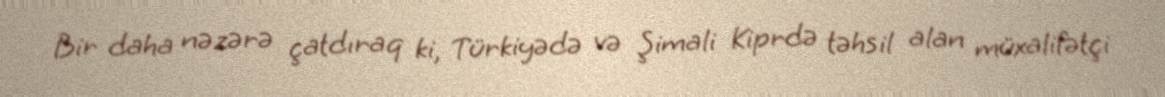
Bir daha nəzərə çatdıraq ki, Türkiyədə və Şimali Kiprdə təhsil alan müxalifətçi